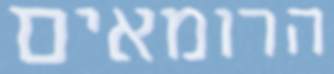
הרומאים